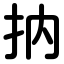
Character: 抐